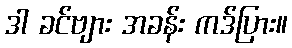
ဒါ ခင်ဗျား အခန်း ကဒ်ပြား။